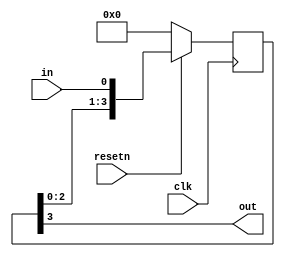
module top_module (
    input clk,
    input resetn,   // synchronous reset
    input in,
    output out);
    
    reg [3:0] Q;
    
    assign out = Q[3];
    
    always @(posedge clk) begin
        if (resetn == 0) begin
            Q <= 0;
        end
        else begin
            Q <= {Q[2:0],in}; 
        end
    end
    
endmodule